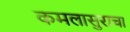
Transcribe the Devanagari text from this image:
कमलासुराचा